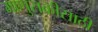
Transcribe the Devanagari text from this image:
माणुसकीसाठी